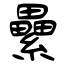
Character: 纍